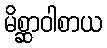
မိစ္ဆာဝါစာယ